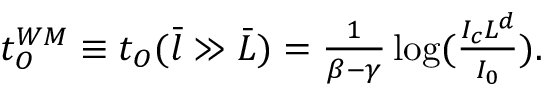
\begin{array} { r } { t _ { O } ^ { W M } \equiv t _ { O } ( \bar { l } \gg \bar { L } ) = \frac { 1 } { \beta - \gamma } \log ( \frac { I _ { c } L ^ { d } } { I _ { 0 } } ) . } \end{array}